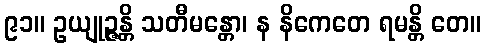
၉၁။ ဥယျုဉ္ဇန္တိ သတီမန္တော၊ န နိကေတေ ရမန္တိ တေ။